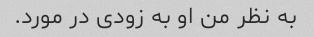
به نظر من او به زودی در مورد.